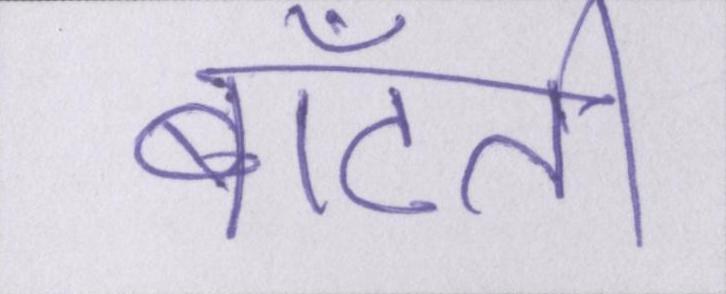
बाँटती